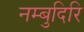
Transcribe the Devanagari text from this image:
नम्बुदिरि